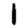
Digit: 1